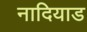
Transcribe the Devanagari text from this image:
नादियाड